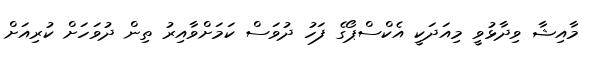
މާއިޝާ ވިދާޅުވީ މިއަދަކީ އެކްސްޕޯގެ ފަހު ދުވަސް ކަމަށްވާއިރު ތިން ދުވަހަށް ކުރިއަށް